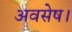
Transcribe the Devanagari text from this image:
अवसेष।